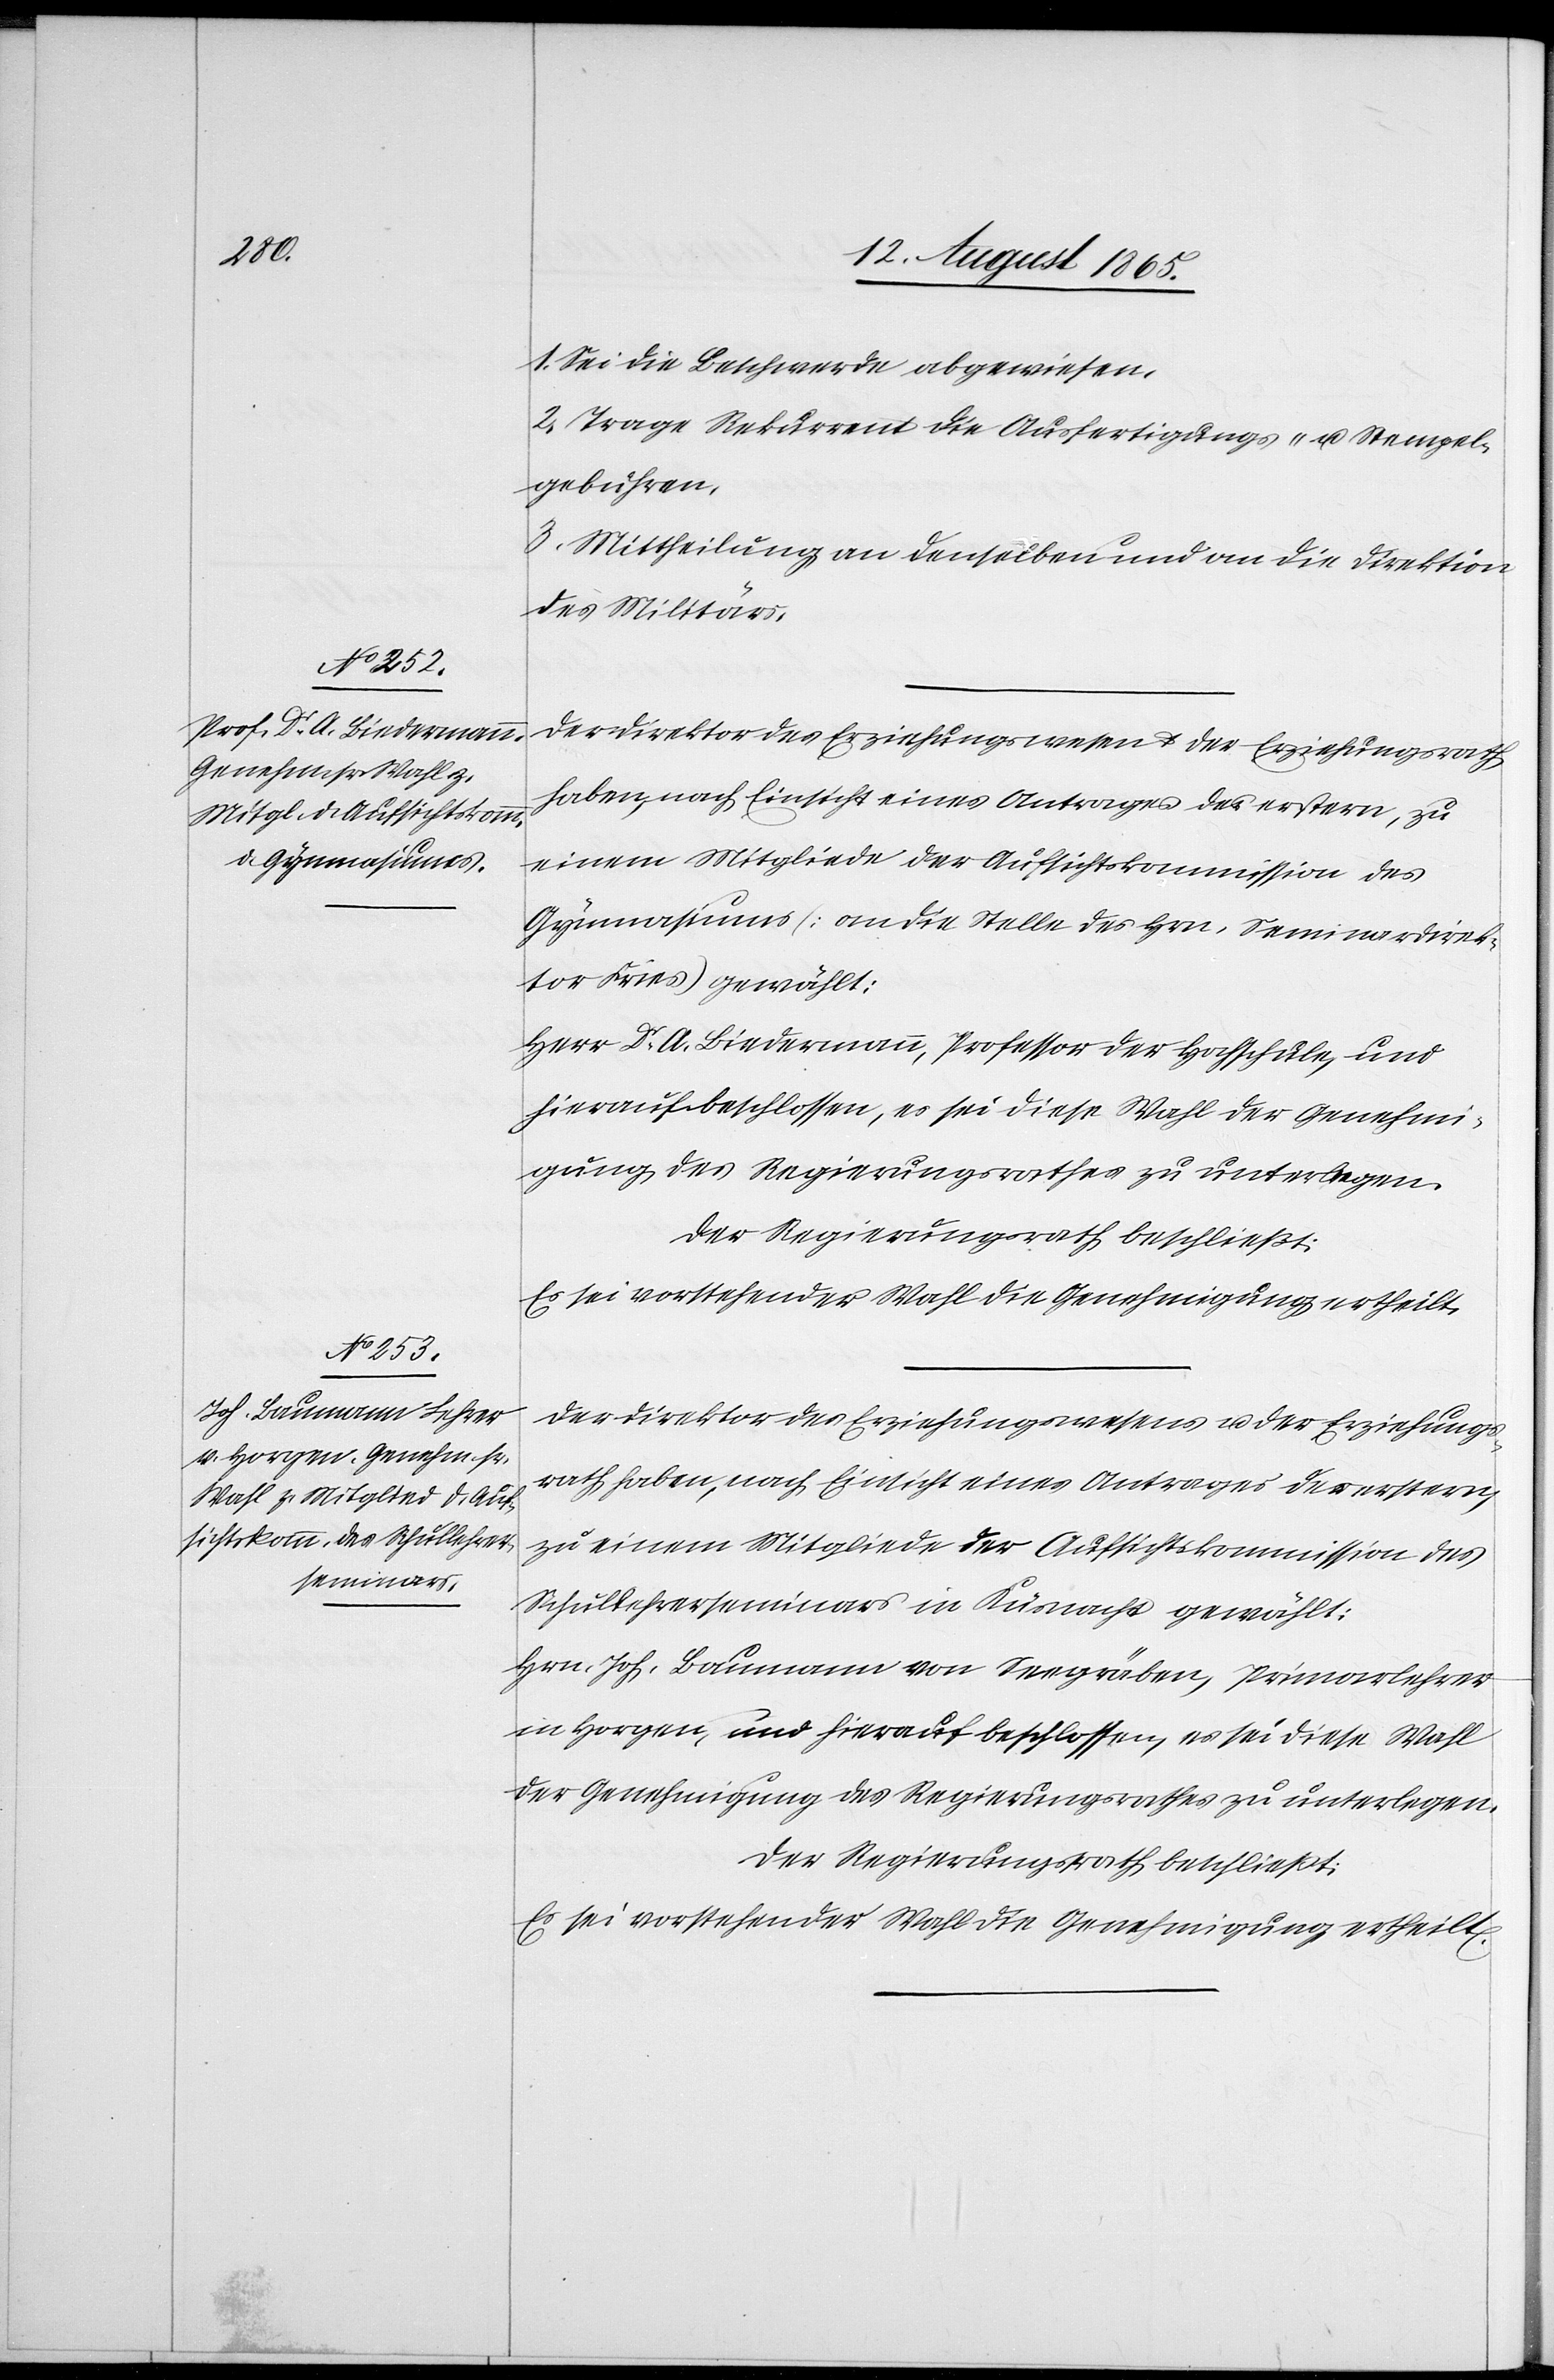
1. Sei die Beschwerde abgewiesen.
2. Trage Rekurrent die Ausfertigungs- u. Stempel¬
gebühren.
3. Mittheilung an denselben und an die Direktion
des Militärs.
Der Direktor des Erziehungswesen u. der Erziehungsrath
haben, nach Einsicht eines Antrages des erstern, zu
einem Mitgliede der Aufsichtskommisson des
Gymnasiums [an die Stelle des Hrn. Seminardirek¬
tor Fries] gewählt:
Herr Dr A. Biedermann, Professor der Hochschule, und
hierauf beschlossen, es sei diese Wahl der Genehmi¬
gung des Regierungsrathes zu unterlegen.
Der Regierungsrath beschließt:
Der Direktor des Erziehungswesens u. der Erziehungs¬
rath haben, nach Einsicht eines Antrages des erstern,
zu einem Mitgliede der Aufsichtskommission des
Schullehrerseminars in Küsnacht gewählt:
Hrn. Joh. Baumann von Seegräben, Primarlehrer
in Horgen, und hierauf beschlossen, es sei diese Wahl
der Genehmigung des Regierungsrathes zu unterlegen.
Der Regierungsrath beschließt:
Es sei vorstehender Wahl die Genehmigung ertheilt.